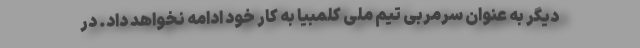
دیگر به عنوان سرمربی تیم ملی کلمبیا به کار خود ادامه نخواهد داد. در